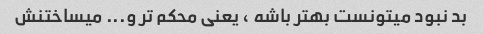
بد نبود میتونست بهتر باشه ، یعنی محکم تر و... میساختنش